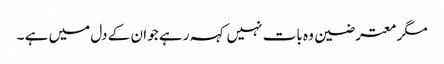
مگر معترضین وہ بات نہیں کہہ رہے جو ان کے دل میں ہے ۔